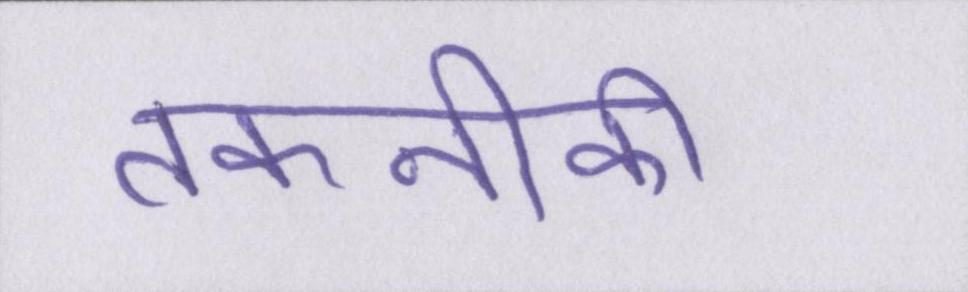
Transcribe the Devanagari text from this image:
तकनीकी